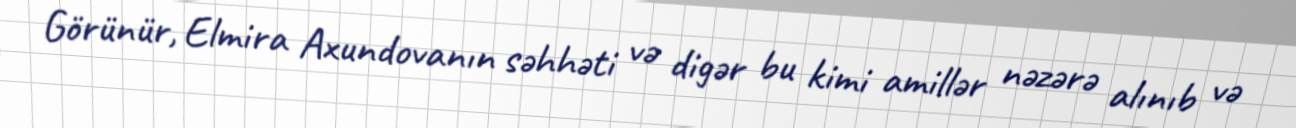
Görünür, Elmira Axundovanın səhhəti və digər bu kimi amillər nəzərə alınıb və